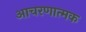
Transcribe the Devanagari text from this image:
आचरणात्मक